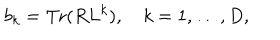
LaTeX: b _ { k } = \mathrm { T r } ( R L ^ { k } ) , \quad k = 1 , \ldots , D ,